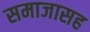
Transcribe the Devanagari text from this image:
समाजासह